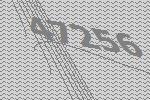
47256